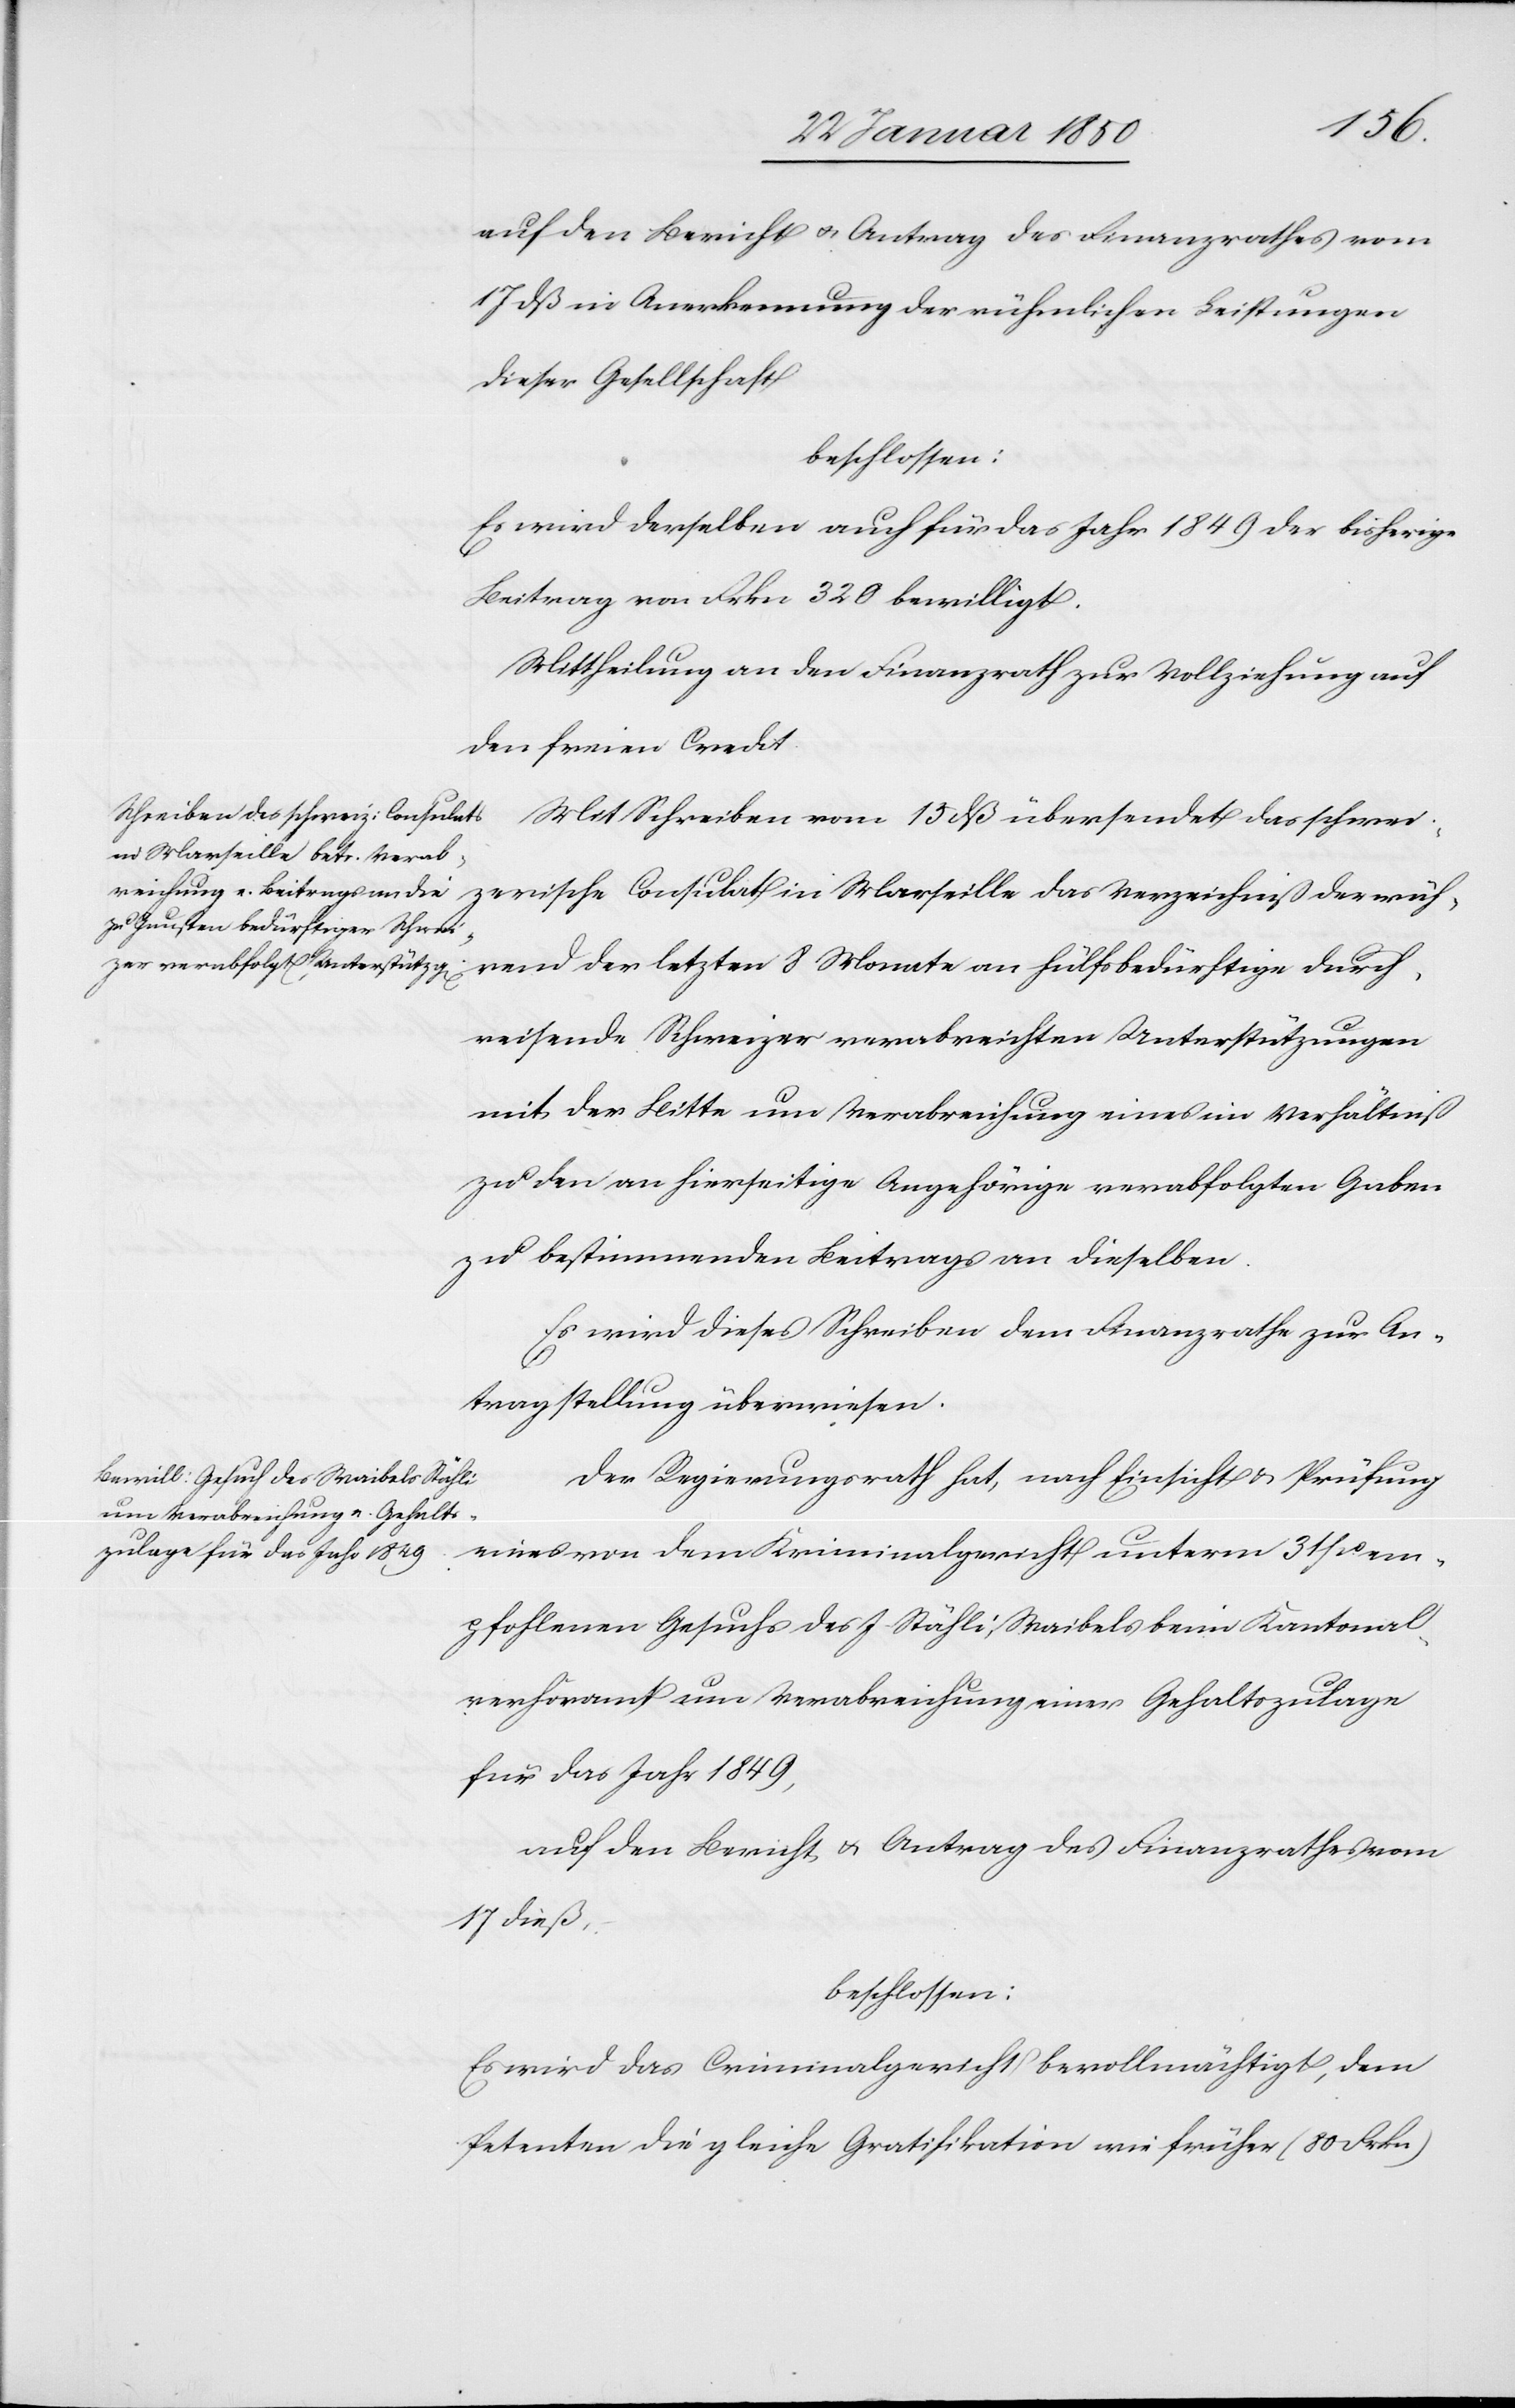
auf den Bericht u. Antrag des Finanzrathes vom
17 dß in Anerkennung der rühmlichen Leistungen
dieser Gesellschaft
beschlossen:
Es wird derselben auch für das Jahr 1849 der bisherige
Beitrag von Frkn 320 bewilligt.
Mittheilung an den Finanzrath zur Vollziehung auf
den freien Credit.
Mit Schreiben vom 15 dß übersendet das schwei¬
während der letzten 8 Monate an hülfsbedürftige durch¬
reisende Schweizer verabreichten Unterstützungen
mit der Bitte um Verabreichung eines im Verhältniß
zu den an hierseitige Angehörige verabfolgten Gaben
zu bestimmenden Beitrags an dieselben.
Es wird dieses Schreiben dem Finanzrathe zur An¬
tragstellung überwiesen.
Der Regierungsrath hat, nach Einsicht u. Prüfung
eines von dem Kriminalgericht unterm 31 po em¬
pfohlenen Gesuchs des J. Stähli, Waibels beim Kantonal¬
verhöramt um Verabreichung einer Gehaltszulage
für das Jahr 1849,
auf den Bericht u. Antrag des Finanzrathes vom
17 dieß
beschlossen:
Es wird das Criminalgericht bevollmächtigt, dem
Petenten die gleiche Gratifikation wie früher (80 Frkn)